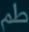
طم